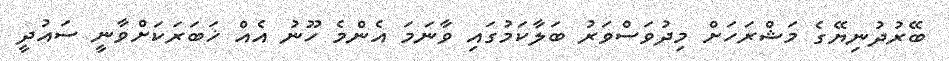
ބޭރުދުނިޔޭގެ މަޝްރަހަށް މިދުވަސްވަރު ބަލާކަމުގައި ވާނަމަ އެންމެ ހޫނު އެއް ޚަބަރަކަށްވާނީ ސައުދީ